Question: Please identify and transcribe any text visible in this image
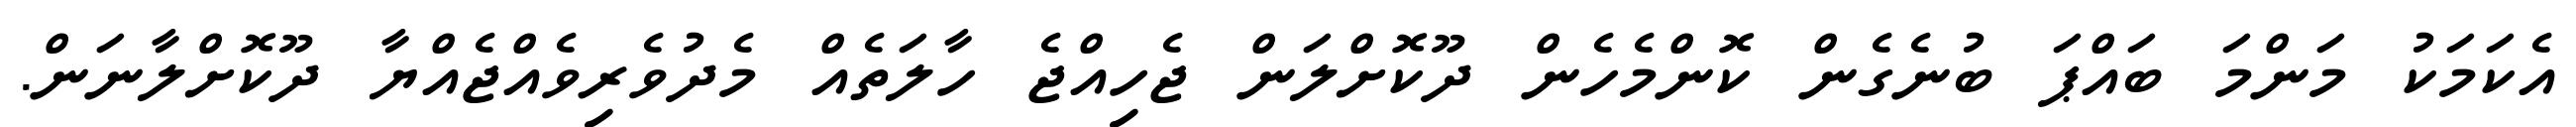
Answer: އެކަމަކު މަންމަ ބައްޕަ ބުނެގެން ކޮންމެހެން ދޫކޮށްލަން ޖެހިއްޖެ ހާލަތެއް މެދުވެރިވެއްޖެއްޔާ ދޫކޮށްލާނަން.